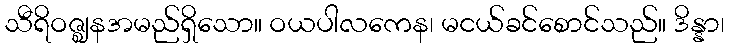
သီရိဝဇ္ဈနအမည်ရှိသော။ ဝယပါလကေန၊ မငယ်ခင်စောင်သည်။ ဒိန္နာ၊